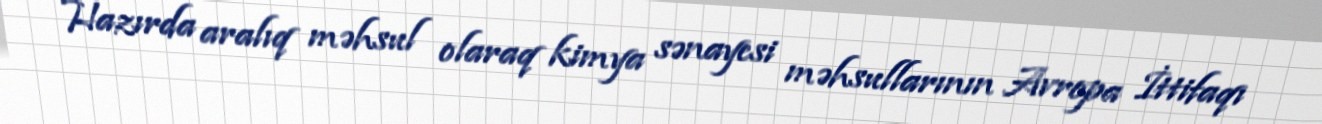
Hazırda aralıq məhsul olaraq kimya sənayesi məhsullarının Avropa İttifaqı